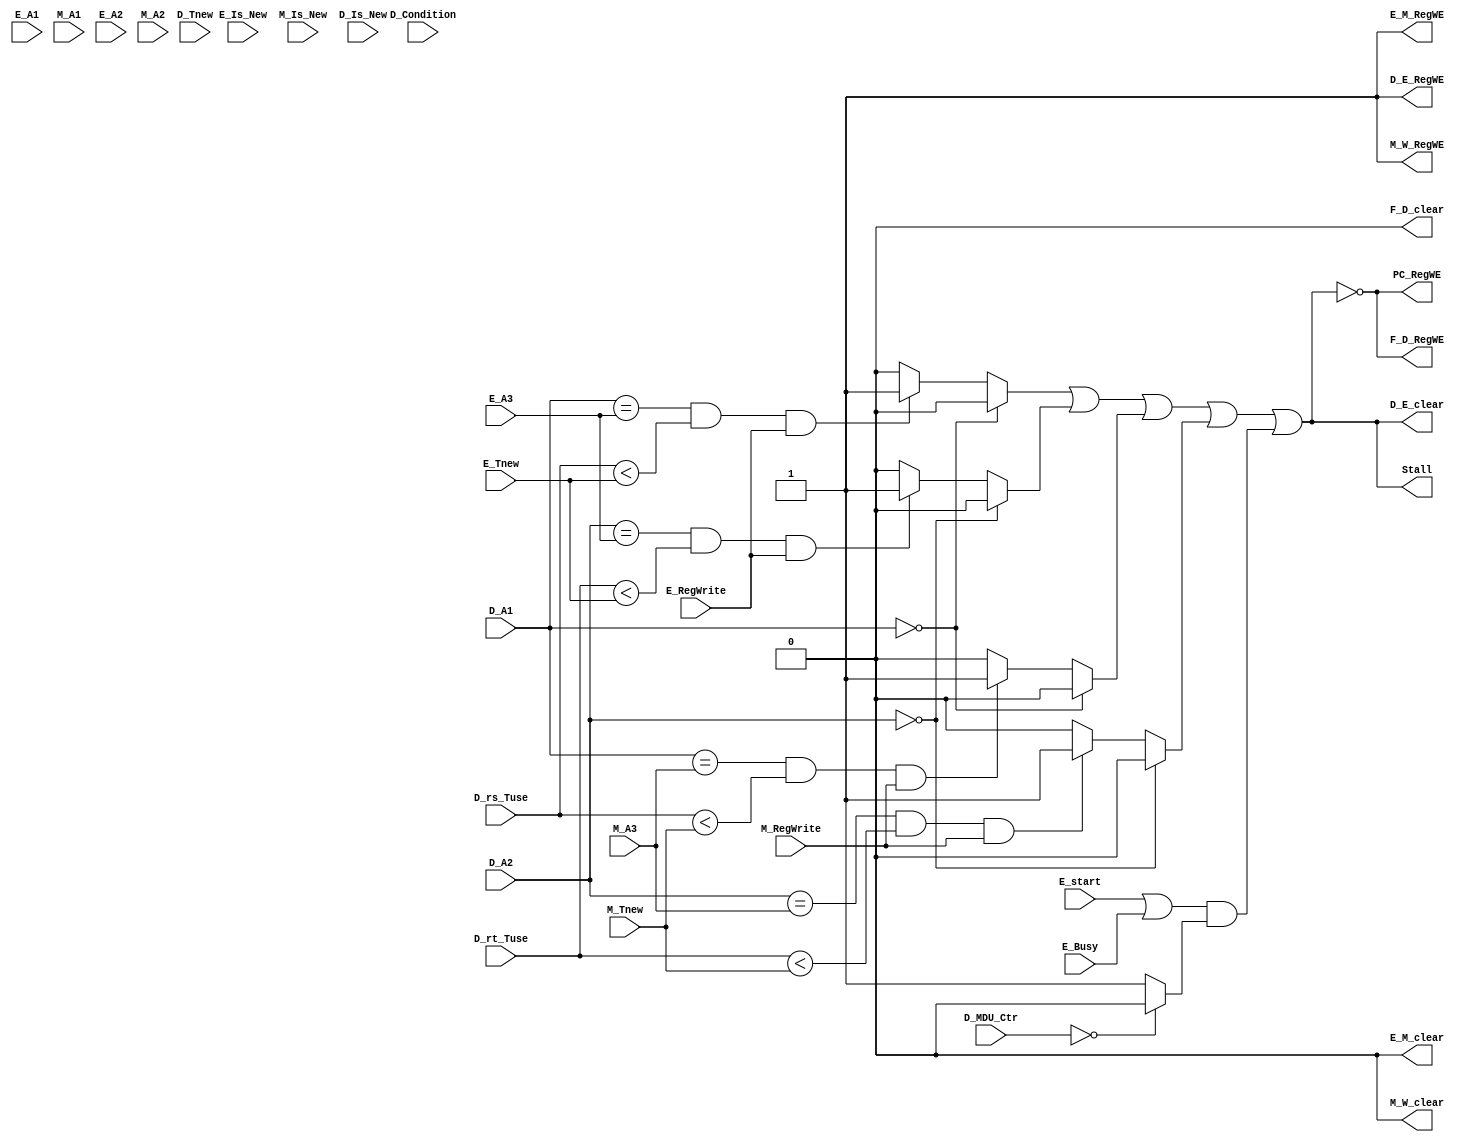
`timescale 1ns / 1ps
//////////////////////////////////////////////////////////////////////////////////
// Company: 
// Engineer: 
// 
// Design Name: 
// Module Name:    Delay 
// Project Name: 
// Target Devices: 
// Tool versions: 
// Description: 
//
// Dependencies: 
//
// Revision: 
// Revision 0.01 - File Created
// Additional Comments: 
//
//////////////////////////////////////////////////////////////////////////////////
module Delay(//
	input E_Is_New,
	input M_Is_New,
	input D_Is_New,
	input D_Condition,
	
	input [3:0] D_rs_Tuse,
	input [3:0] D_rt_Tuse,
	
	input [3:0] D_Tnew,
	input [3:0] E_Tnew,
	input [3:0] M_Tnew,
	
	input [4:0] D_A1,
	input [4:0] D_A2,
	input [4:0] E_A3,//
	input [4:0] M_A3,//
	input [4:0] E_A1,//
	input [4:0] M_A1,//
	input [4:0] E_A2,//
	input [4:0] M_A2,//
	
	//A3A3
	input E_RegWrite,
	input M_RegWrite,
	
	input E_start,
	input E_Busy,
	input [3:0] D_MDU_Ctr,

	output Stall,
	output F_D_RegWE,
    output F_D_clear,
    output D_E_RegWE,
    output D_E_clear,
    output E_M_RegWE,
    output E_M_clear,
    output M_W_RegWE,
    output M_W_clear,
	output PC_RegWE
    );
	//DE,MT_newW=0,
	wire Stall_E_A1 = 	(D_A1 == 0) ? 1'b0 :
						//(E_Is_New==1)&&((D_A1 == E_A3)||(D_A1 == 5'd31))&&(D_rs_Tuse < E_Tnew)&&(E_RegWrite == 1) ? 1'b1 :
						(D_A1 == E_A3)&&(D_rs_Tuse < E_Tnew)&&(E_RegWrite == 1) ? 1'b1: 1'b0;
	
	wire Stall_E_A2 = 	(D_A2 == 0) ? 1'b0 :
						//(E_Is_New==1)&&((D_A2 == E_A3)||(D_A2 == 5'd31))&&(D_rt_Tuse < E_Tnew)&&(E_RegWrite == 1) ? 1'b1 :
						(D_A2 == E_A3)&&(D_rt_Tuse < E_Tnew)&&(E_RegWrite == 1) ? 1'b1: 1'b0;
	
	wire Stall_M_A1 = 	(D_A1 == 0) ? 1'b0 :
						//(M_Is_New==1)&&((D_A1 == M_A3)||(D_A1 == 5'd31))&&(D_rs_Tuse < M_Tnew)&&(M_RegWrite == 1) ? 1'b1 :
						(D_A1 == M_A3)&&(D_rs_Tuse < M_Tnew)&&(M_RegWrite == 1) ? 1'b1: 1'b0;
		
	wire Stall_M_A2 = 	(D_A2 == 0) ? 1'b0 :
						//(M_Is_New==1)&&((D_A2 == M_A3)||(D_A2 == 5'd31))&&(D_rt_Tuse < M_Tnew)&&(M_RegWrite == 1) ? 1'b1 :
						(D_A2 == M_A3)&&(D_rt_Tuse < M_Tnew)&&(M_RegWrite == 1) ? 1'b1: 1'b0;
	
	wire Stall_MDU = (E_start | E_Busy) & (D_MDU_Ctr==0 ? 1'b0 : 1'b1);
	
	assign Stall = Stall_E_A1 | Stall_E_A2 | Stall_M_A1 | Stall_M_A2 | Stall_MDU | 1'b0;
	
	assign PC_RegWE  = !Stall;
    assign F_D_RegWE = !Stall;
    assign D_E_RegWE = 1'b1;
    assign E_M_RegWE = 1'b1;
    assign M_W_RegWE = 1'b1;
	
	//assign F_D_clear = (D_Is_New == 1&&D_Condition == 0&&Stall==0) ? 1'b1 : 1'b0;
	
	assign F_D_clear = 1'b0;
    assign D_E_clear = Stall;
    assign E_M_clear = 1'b0;
    assign M_W_clear = 1'b0;

endmodule